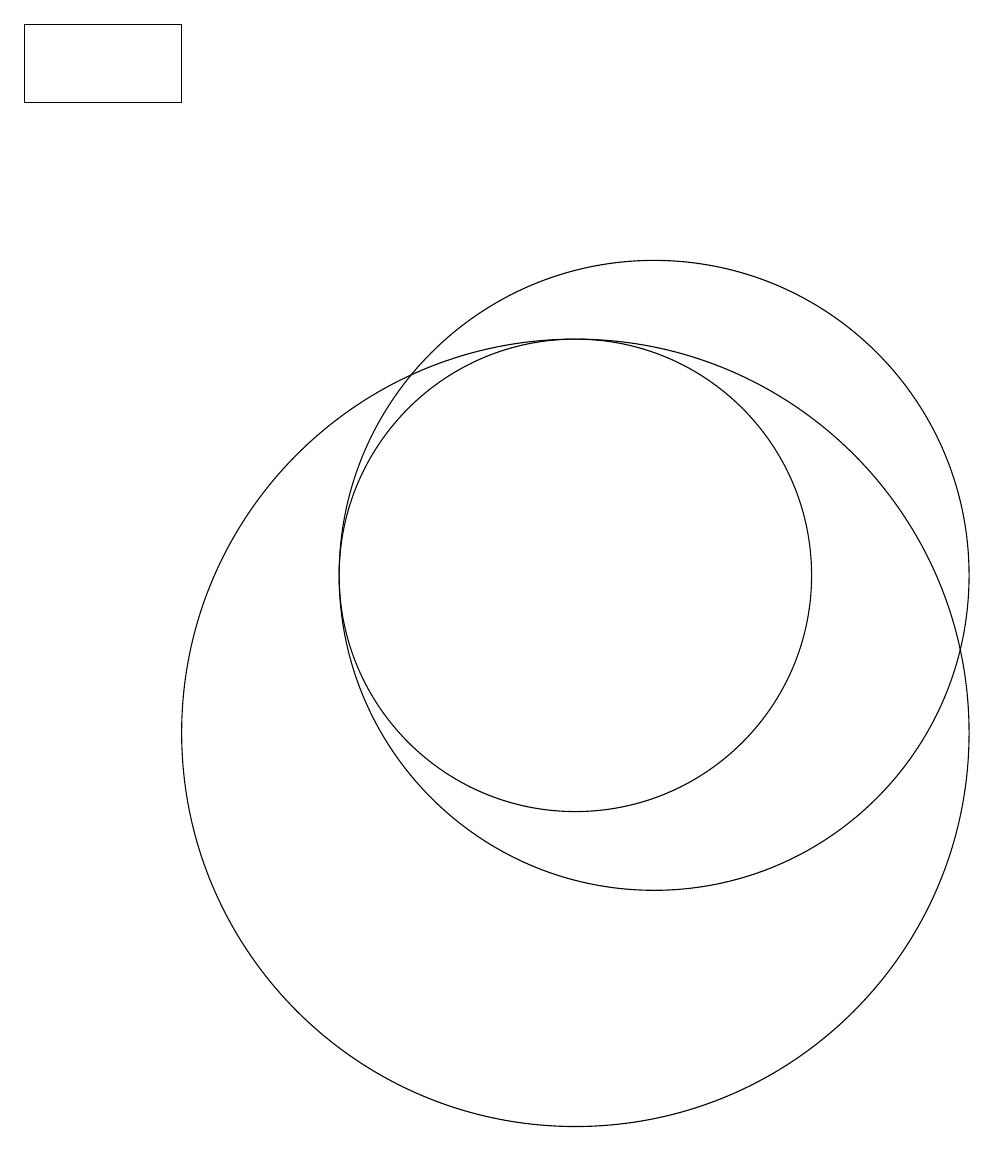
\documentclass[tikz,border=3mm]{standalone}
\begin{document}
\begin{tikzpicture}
\draw (10,10) circle (5);
\draw (10,12) circle (3);
\draw (5,19) rectangle (3,18);
\draw (11,12) circle (4);
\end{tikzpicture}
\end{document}